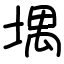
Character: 堣